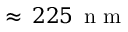
\approx \, 2 2 5 \, \mathrm { ~ n ~ m ~ }